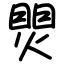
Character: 煛